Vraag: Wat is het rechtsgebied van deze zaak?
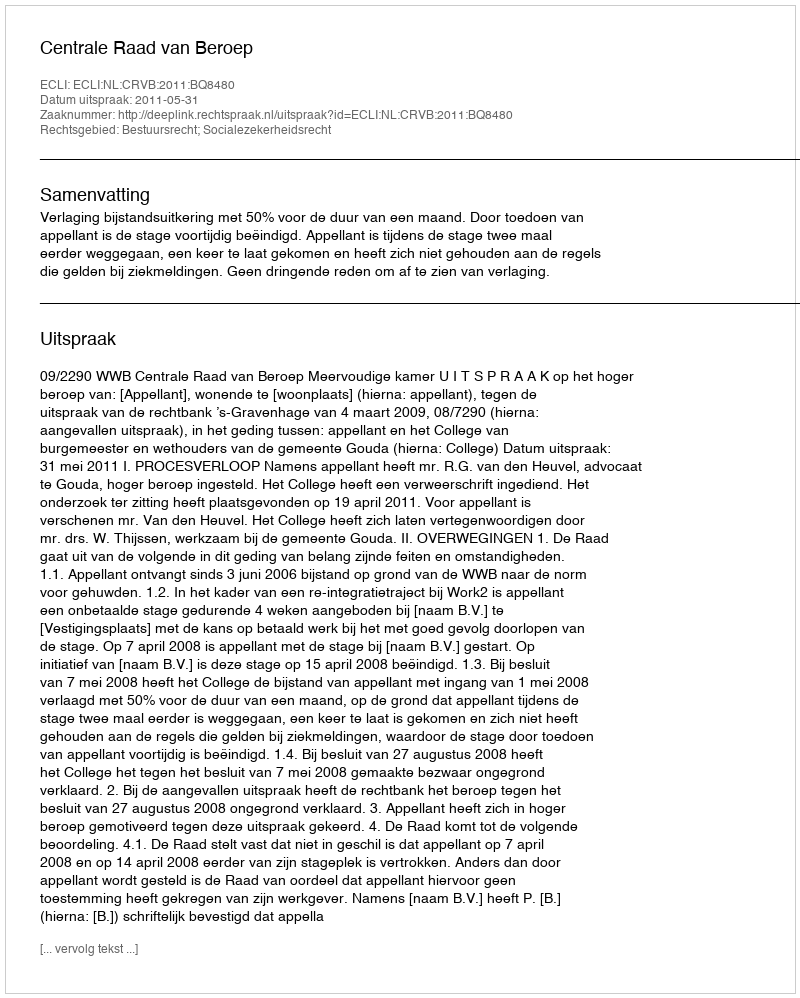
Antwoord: Bestuursrecht; Socialezekerheidsrecht